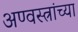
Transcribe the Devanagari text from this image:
अण्वस्त्रांच्या